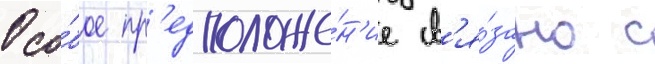
Осо́бое пр'едположе́н'ие св'я́зано с